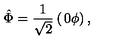
\hat { \Phi } = { \frac { 1 } { \sqrt { 2 } } } \left( \begin{matrix} { 0 } \\ { \phi } \\ \end{matrix} \right) ,